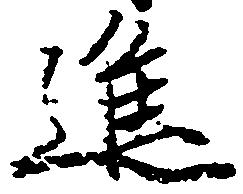
進